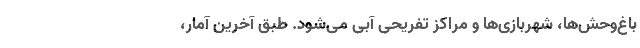
باغ‌وحش‌ها، شهربازی‌ها و مراکز تفریحی آبی می‌شود. طبق آخرین آمار،